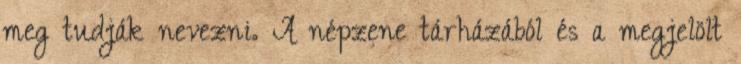
meg tudják nevezni. A népzene tárházából és a megjelölt